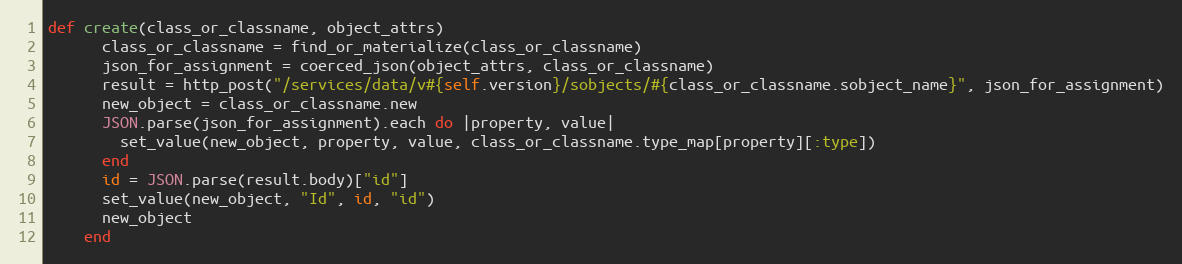
Language: Ruby
def create(class_or_classname, object_attrs)
      class_or_classname = find_or_materialize(class_or_classname)
      json_for_assignment = coerced_json(object_attrs, class_or_classname)
      result = http_post("/services/data/v#{self.version}/sobjects/#{class_or_classname.sobject_name}", json_for_assignment)
      new_object = class_or_classname.new
      JSON.parse(json_for_assignment).each do |property, value|
        set_value(new_object, property, value, class_or_classname.type_map[property][:type])
      end
      id = JSON.parse(result.body)["id"]
      set_value(new_object, "Id", id, "id")
      new_object
    end